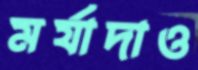
মর্যাদাও